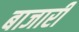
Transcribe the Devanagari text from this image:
बाजारीं